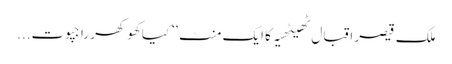
ملک قیصر اقبال ٹھیٹھیہ کا ایک منٹ ’’ کیا کھوکھر راجپوت...